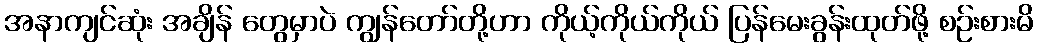
အနာကျင်ဆုံး အချိန် တွေမှာပဲ ကျွန်တော်တို့ဟာ ကိုယ့်ကိုယ်ကိုယ် ပြန်မေးခွန်းထုတ်ဖို့ စဉ်းစားမိ